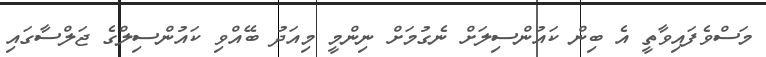
މަސްވެފައިވާތީ އެ ބިން ކައުންސިލަށް ނެގުމަށް ނިންމީ މިއަދު ބޭއްވި ކައުންސިލްގެ ޖަލްސާގައި